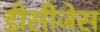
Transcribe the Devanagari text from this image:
डीसीजेस